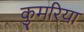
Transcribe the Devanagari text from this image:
कुमरिया